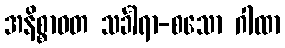
အနိစ္စာဝတ သင်္ခါရာ-စသော ဂါထာ